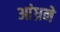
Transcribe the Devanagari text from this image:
आंध्रने